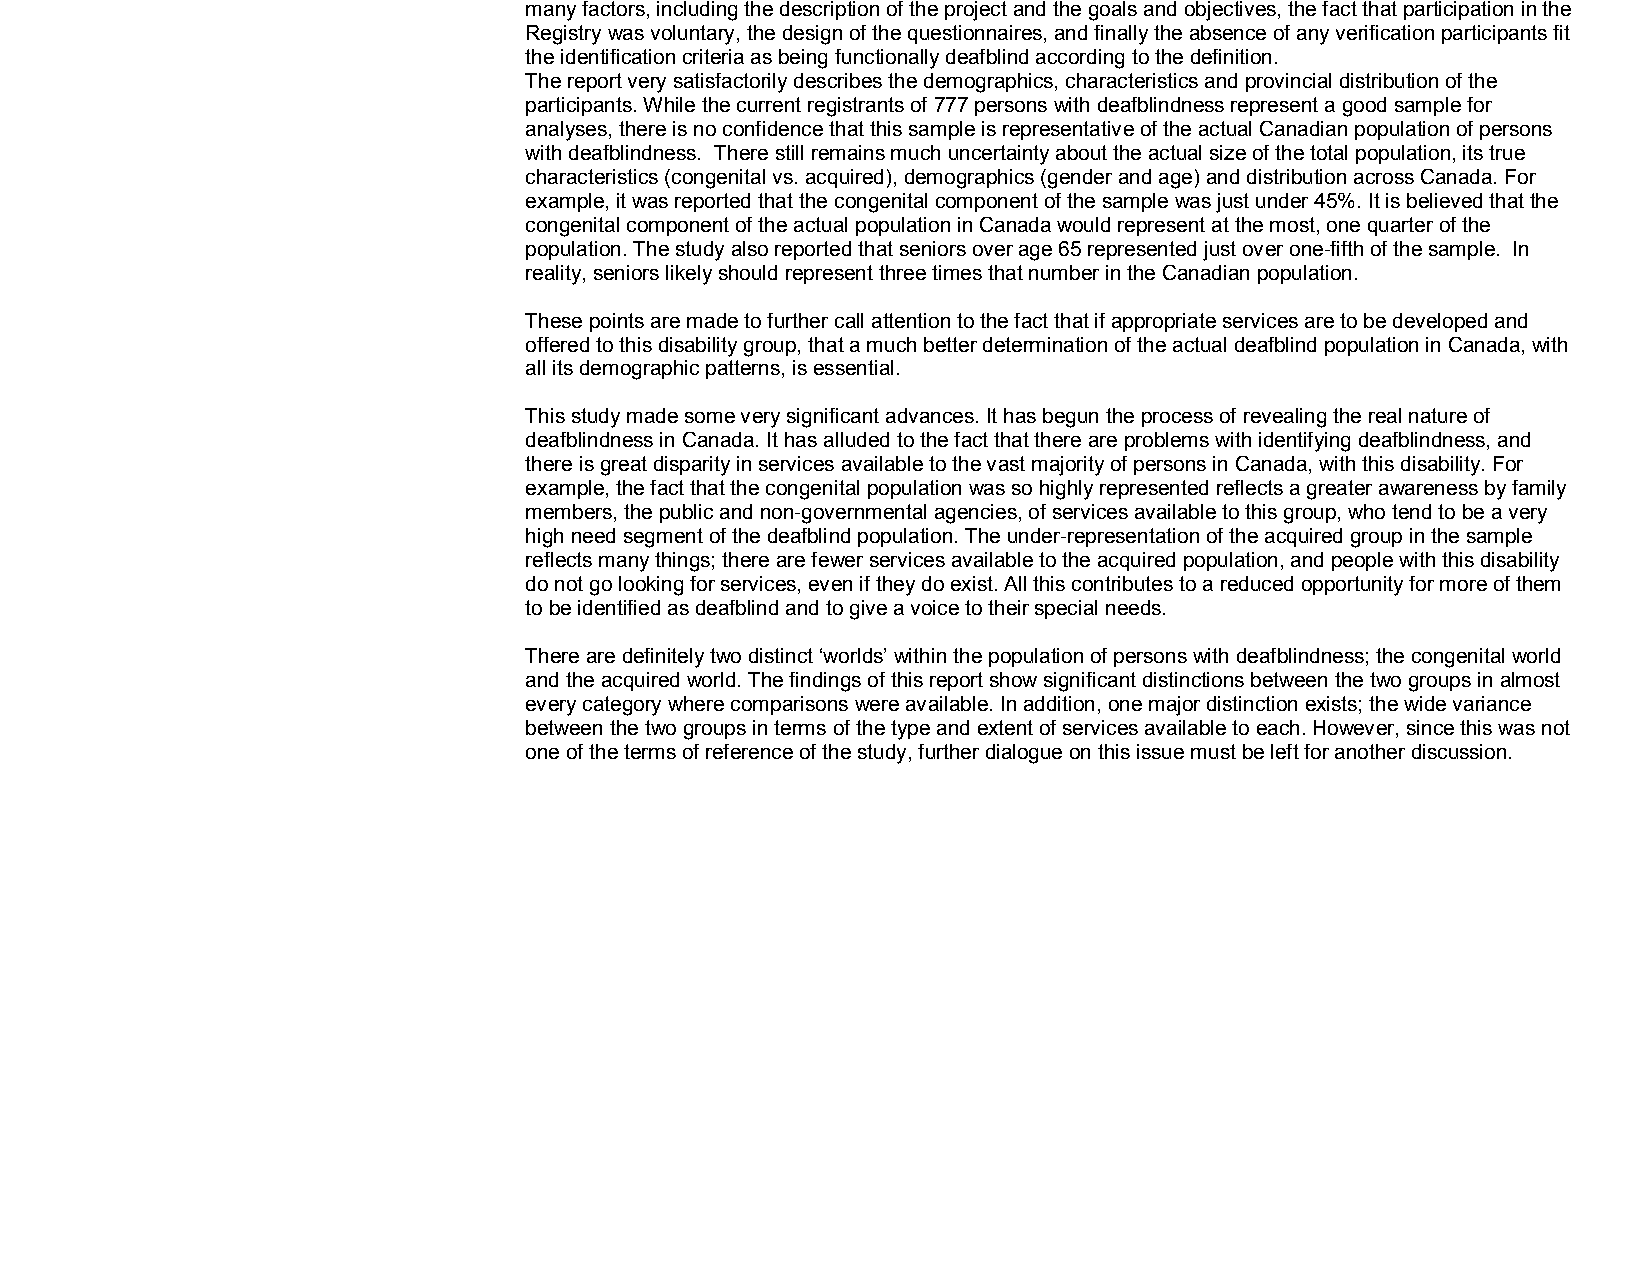
many factors, including the description of the project and the goals and objectives, the fact that participation in the
 Registry was voluntary, the design of the questionnaires, and finally the absence of any verification participants fit
 the identification criteria as being functionally deafblind according to the definition.
 The report very satisfactorily describes the demographics, characteristics and provincial distribution of the
 participants. While the current registrants of 777 persons with deafblindness represent a good sample for
 analyses, there is no confidence that this sample is representative of the actual Canadian population of persons
 with deafblindness. There still remains much uncertainty about the actual size of the total population, its true
 characteristics (congenital vs. acquired), demographics (gender and age) and distribution across Canada. For
 example, it was reported that the congenital component of the sample was just under 45%. It is believed that the
 congenital component of the actual population in Canada would represent at the most, one quarter of the
 population. The study also reported that seniors over age 65 represented just over one­fifth of the sample. In
 reality, seniors likely should represent three times that number in the Canadian population.
 These points are made to further call attention to the fact that if appropriate services are to be developed and
 offered to this disability group, that a much better determination of the actual deafblind population in Canada, with
 all its demographic patterns, is essential.
 This study made some very significant advances. It has begun the process of revealing the real nature of
 deafblindness in Canada. It has alluded to the fact that there are problems with identifying deafblindness, and
 there is great disparity in services available to the vast majority of persons in Canada, with this disability. For
 example, the fact that the congenital population was so highly represented reflects a greater awareness by family
 members, the public and non­governmental agencies, of services available to this group, who tend to be a very
 high need segment of the deafblind population. The under­representation of the acquired group in the sample
 reflects many things; there are fewer services available to the acquired population, and people with this disability
 do not go looking for services, even if they do exist. All this contributes to a reduced opportunity for more of them
 to be identified as deafblind and to give a voice to their special needs.
 There are definitely two distinct ‘worlds’ within the population of persons with deafblindness; the congenital world
 and the acquired world. The findings of this report show significant distinctions between the two groups in almost
 every category where comparisons were available. In addition, one major distinction exists; the wide variance
 between the two groups in terms of the type and extent of services available to each. However, since this was not
 one of the terms of reference of the study, further dialogue on this issue must be left for another discussion.